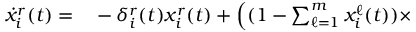
\begin{array} { r l } { \scriptsize \dot { x } _ { i } ^ { r } ( t ) = } & { { } - \delta _ { i } ^ { r } ( t ) x _ { i } ^ { r } ( t ) + \Big ( ( 1 - \textstyle \sum _ { \ell = 1 } ^ { m } x _ { i } ^ { \ell } ( t ) ) \times } \end{array}